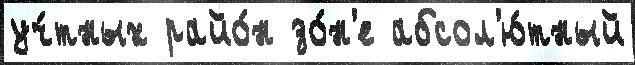
уч́тных райо́н зо́н'е абсол'ю́тный